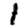
Digit: 1